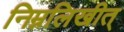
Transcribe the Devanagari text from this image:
निम्नलिखीत्